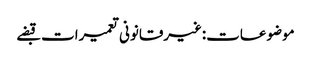
موضوعات:غیرقانونی تعمیرات قبضے